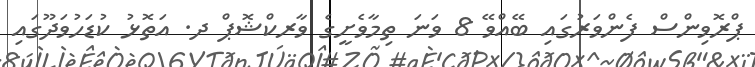
ޕްރޮވިންސް ފެންވަރުގައި ބޭއްވޭ 8 ވަނަ ތިމާވެށީގެ ވާރކްޝޮޕް ދ. އަތޮޅު ކުޑަހުވަދޫގައި